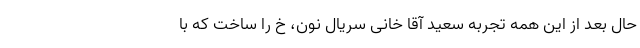
حال بعد از این همه تجربه سعید آقا خانی سریال نون، خ را ساخت که با